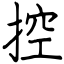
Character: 控